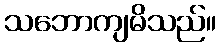
သဘောကျမိသည်။